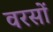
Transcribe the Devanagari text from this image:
वरसों